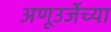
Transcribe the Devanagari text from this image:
अणूउर्जेच्या